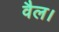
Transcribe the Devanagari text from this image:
वैल।